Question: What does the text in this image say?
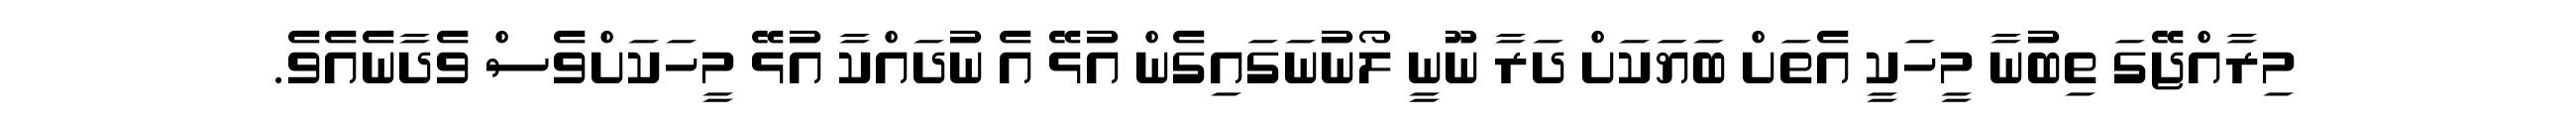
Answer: މިރާއްޖޭގަ ތިބުނާ މީހަކީ އެތަށް ބަޔަކަށް ދަރާ ނޫނީ ލޯނުނަގައިގެން އުޅޭ އެ ނުދައްކާ އުޅޭ މީހަކަށްވެސް ވެދާނެއެވެ.